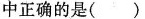
中正确的是()